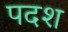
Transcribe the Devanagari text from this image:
पदश